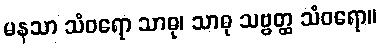
မနသာ သံဝရော သာဓု၊ သာဓု သဗ္ဗတ္ထ သံဝရော။